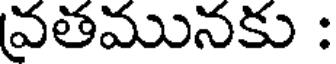
వ్రతమునకు :